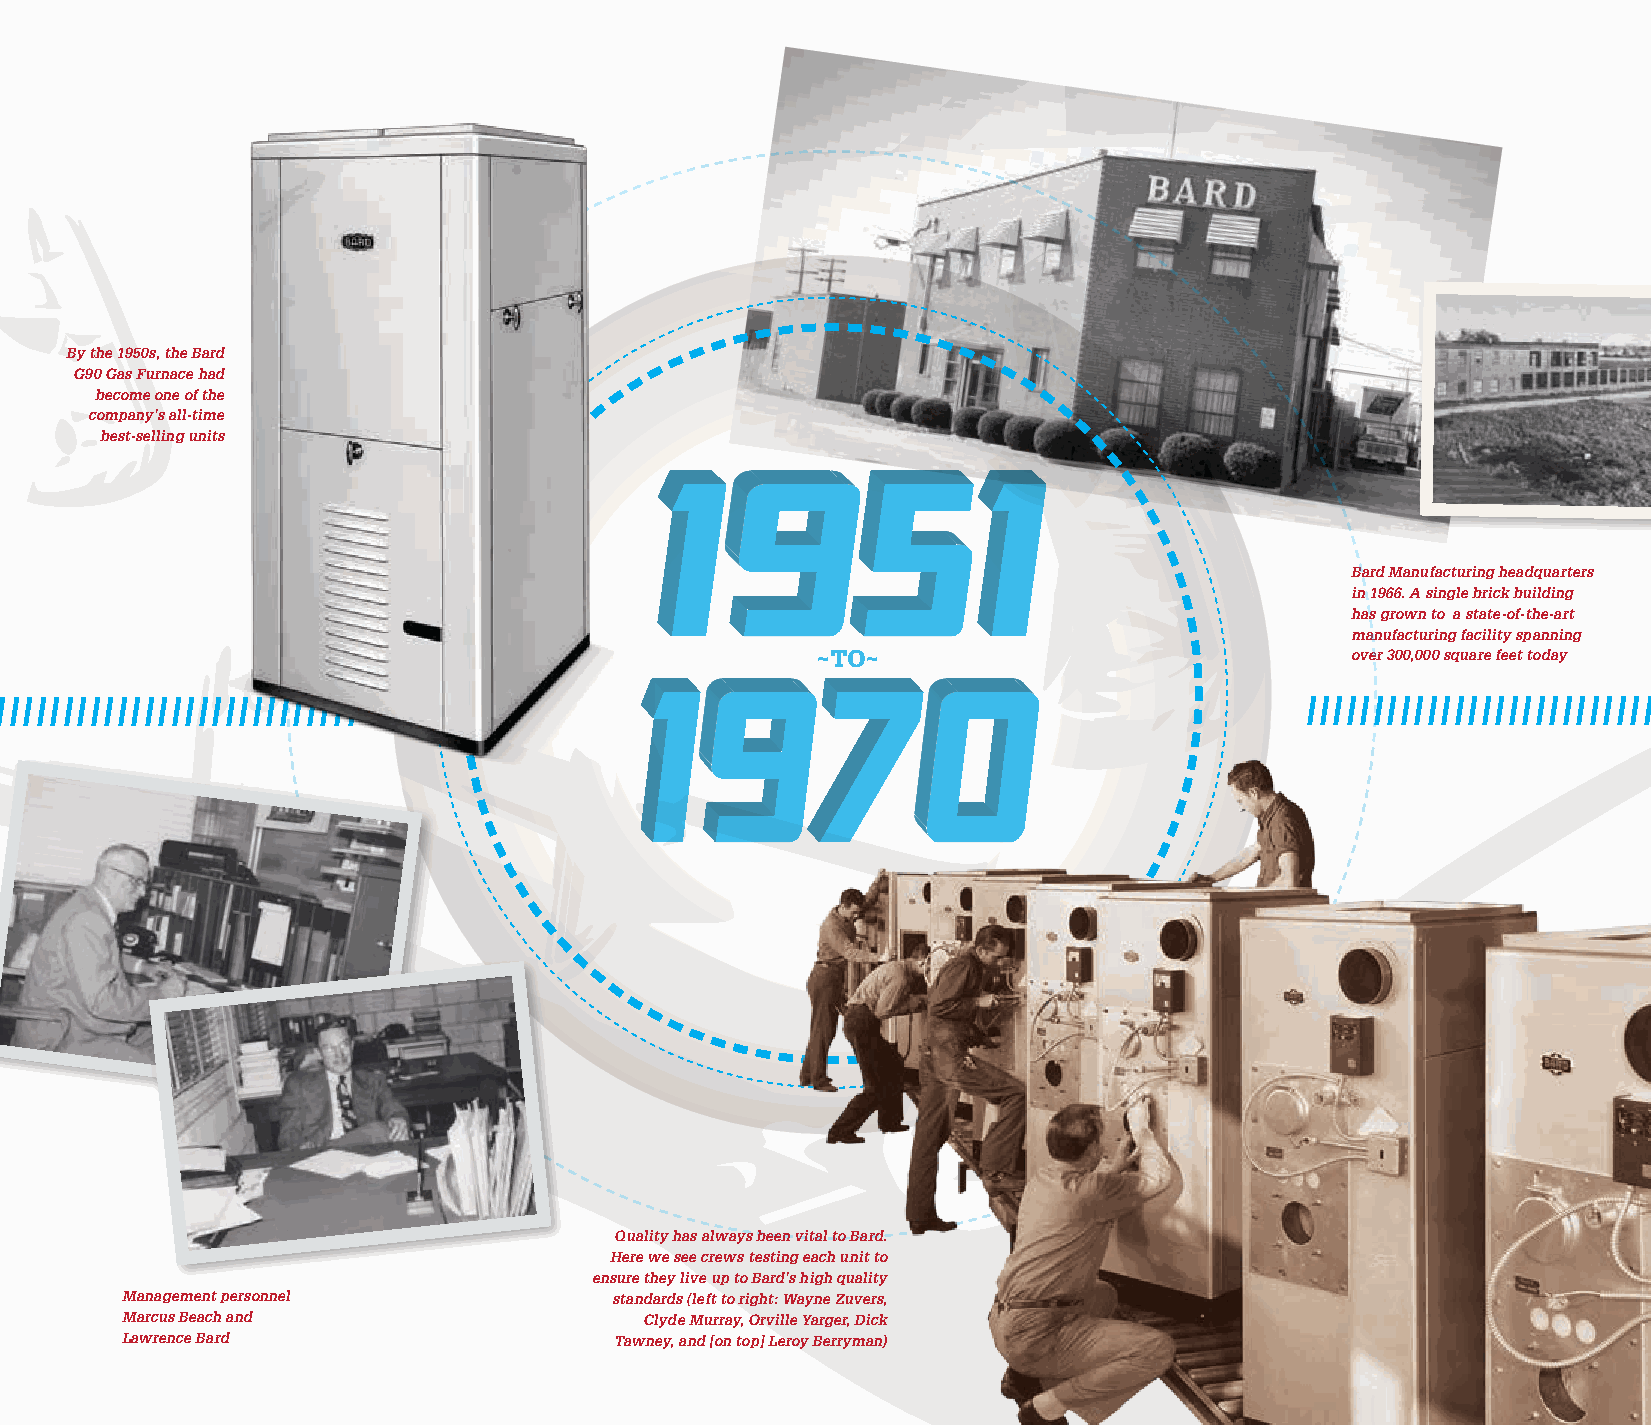
By the 1950s, the Bard
 G90 Gas Furnace had
 become one of the
 company’s all-time
 best-selling units
 Bard Manufacturing headquarters
 in 1966. A single brick building
 has grown to a state-of-the-art
 manufacturing facility spanning
 ~TO~                               over 300,000 square feet today
 / / / / / / / / / / / / / / / / / / / / / / / / / / / / /                              / / / / / / / / / / / / / / / / / / / / / / / / / / / / / / / / / / / / / / / / / / / / / / / / / / / / / / / / / / / / / / / / / / / / / / / / / / / / / / / / / / / / / / / / / / / / / / / / / / / / / / / / / / / / / / / / / / / / / / / / / / / / / / / / / / / / / / / / / / /
 Quality has always been vital to Bard.
 Here we see crews testing each unit to
 ensure they live up to Bard’s high quality
 Management personnel            standards (left to right: Wayne Zuvers,
 Marcus Beach and                   Clyde Murray, Orville Yarger, Dick
 Lawrence Bard                    Tawney, and [on top] Leroy Berryman)